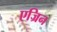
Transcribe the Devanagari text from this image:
एज्रिन